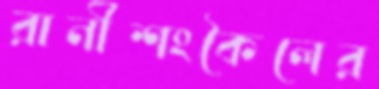
রানীশংকৈলের